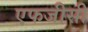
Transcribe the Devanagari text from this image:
एफजीसी